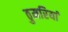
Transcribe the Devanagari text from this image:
ठुमरियां